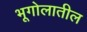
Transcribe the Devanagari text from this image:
भूगोलातील